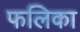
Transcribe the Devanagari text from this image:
फलिका